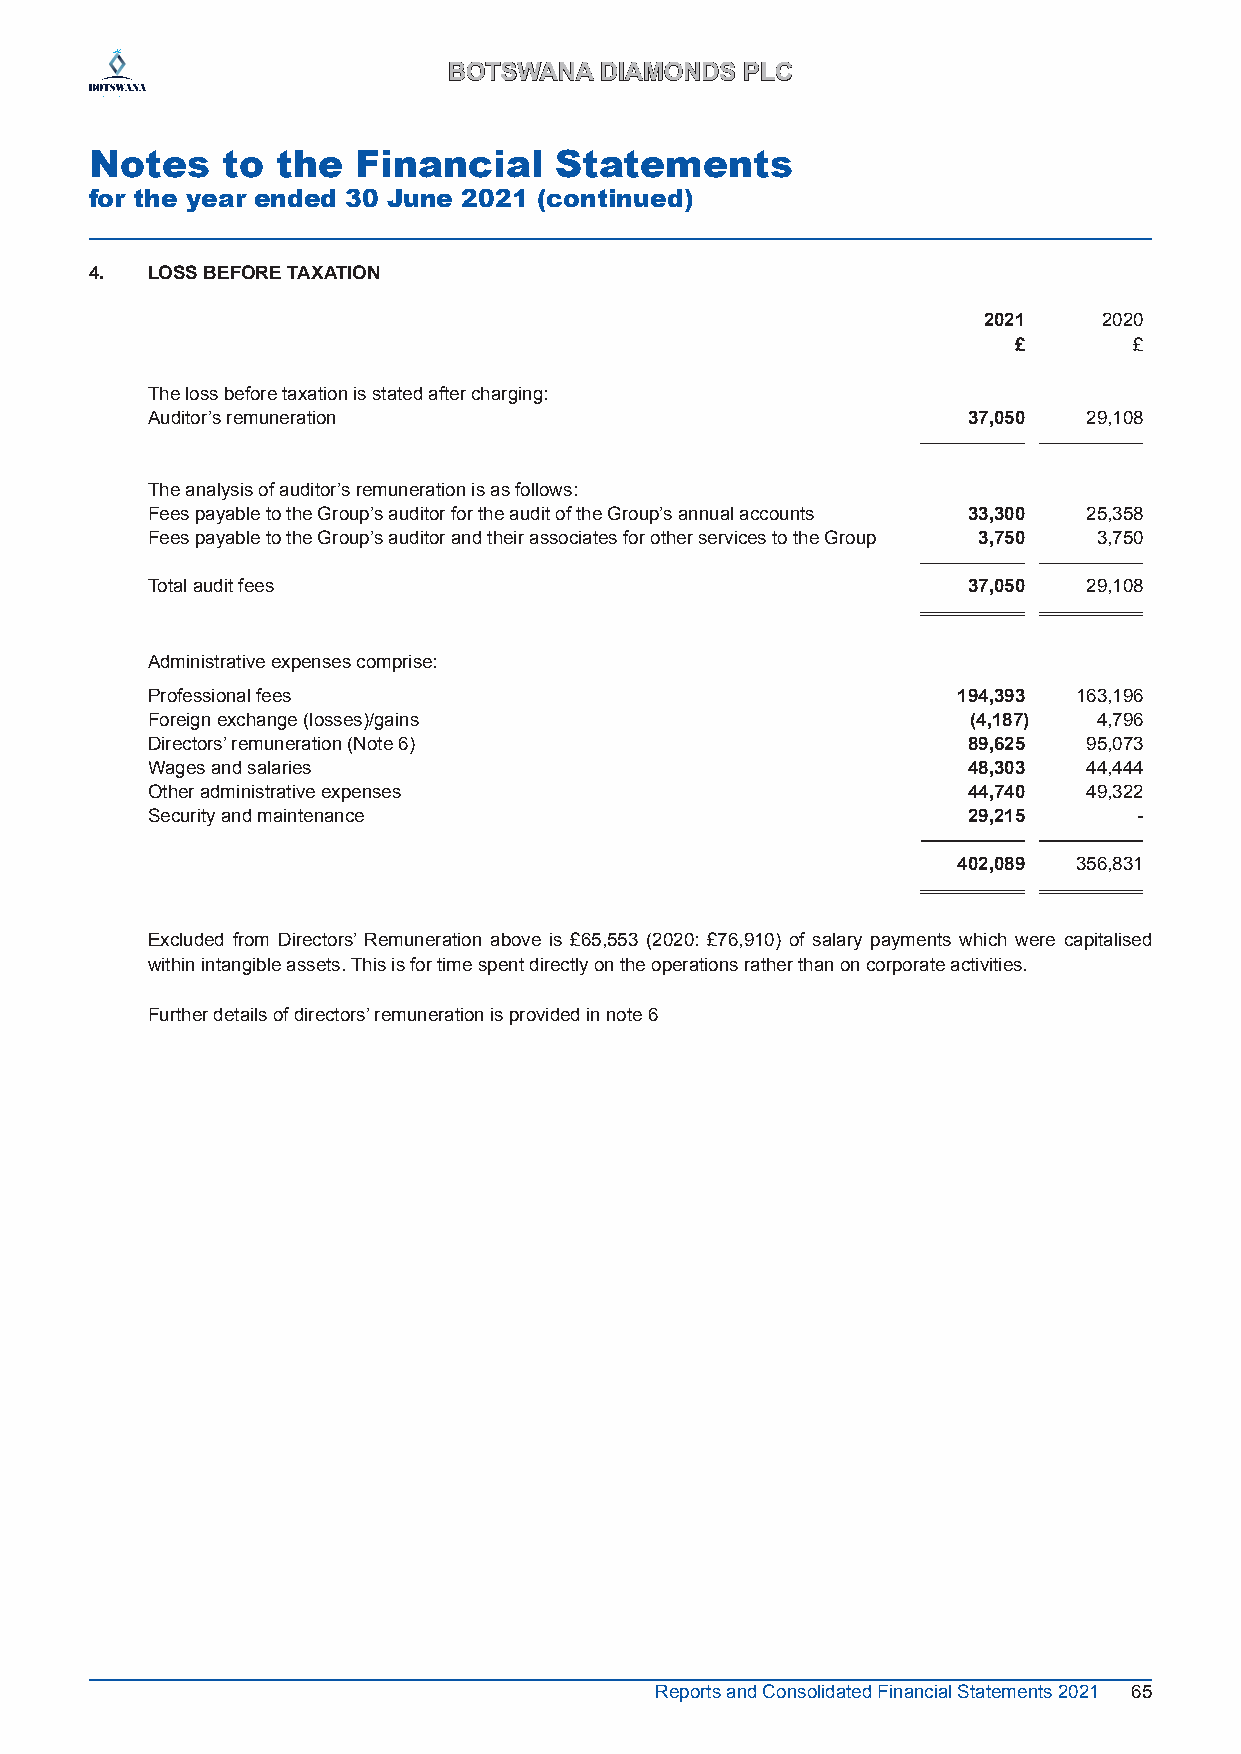
BBOOTTSSWWAANNAA DDIIAAMMOONNDDSS PPLLCC
 Notes    to the   Financial    Statements
 for the year ended 30 June 2021 (continued)
 4.  LOSS BEFORE TAXATION
 2021    2020
 £       £
 The loss before taxation is stated after charging:
 Auditor’s remuneration                                37,050  29,108
 The analysis of auditor’s remuneration is as follows:
 Fees payable to the Group’s auditor for the audit of the Group’s annual accounts 33,300 25,358
 Fees payable to the Group’s auditor and their associates for other services to the Group 3,750 3,750
 Total audit fees                                      37,050  29,108
 Administrative expenses comprise:
 Professional fees                                    194,393 163,196
 Foreign exchange (losses)/gains                       (4,187)  4,796
 Directors’ remuneration (Note 6)                      89,625  95,073
 Wages and salaries                                    48,303  44,444
 Other administrative expenses                         44,740  49,322
 Security and maintenance                              29,215     -
 402,089 356,831
 Excluded from Directors’ Remuneration above is £65,553 (2020: £76,910) of salary payments which were capitalised
 within intangible assets. This is for time spent directly on the operations rather than on corporate activities.
 Further details of directors’ remuneration is provided in note 6
 Reports and Consolidated Financial Statements 2021 65